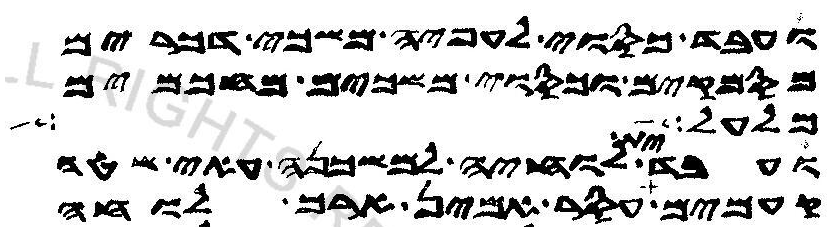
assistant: ועבד כסוי לעפיה משכי דכרים
מסמקים וכסוי משכים מחכמים
מלעל ואל
ועבד ית לוחיה למשכנה עאי שטה
קעמים עסר אמין ארך לוחה